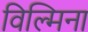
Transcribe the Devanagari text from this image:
विल्‍मिना